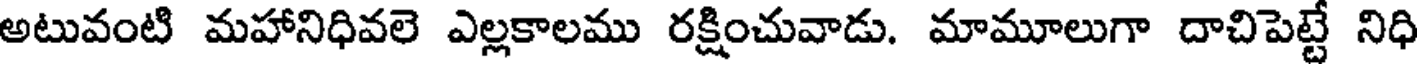
అటువంటి మహానిధివలె ఎల్లకాలము రక్షించువాడు. మామూలుగా దాచిపెట్టే నిధి